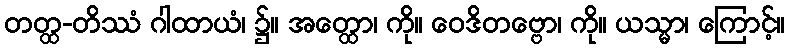
တတ္ထ-တိဿံ ဂါထာယံ၊ ၌။ အတ္ထော၊ ကို။ ဝေဒိတဗ္ဗော၊ ကို။ ယသ္မာ၊ ကြောင့်။